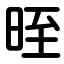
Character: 晊